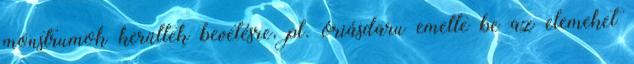
monstrumok kerültek bevetésre, pl. óriásdaru emelte be az elemeket